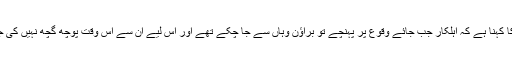
پولیس کا کہنا ہے کہ اہلکار جب جائے وقوع پر پہنچے تو براؤن وہاں سے جا چکے تھے اور اس لیے ان سے اس وقت پوچھ گچھ نہیں کی جا سکی۔